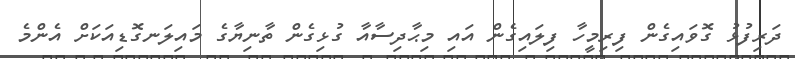
ދަރިފުޅު ގޮވައިގެން ފިރިމީހާ ފިލައިގެން އައި މިޙާދިސާއާ ގުޅިގެން ތާނިޔާގެ މައިލަނގޮޑިއަކަށް އެންމެ